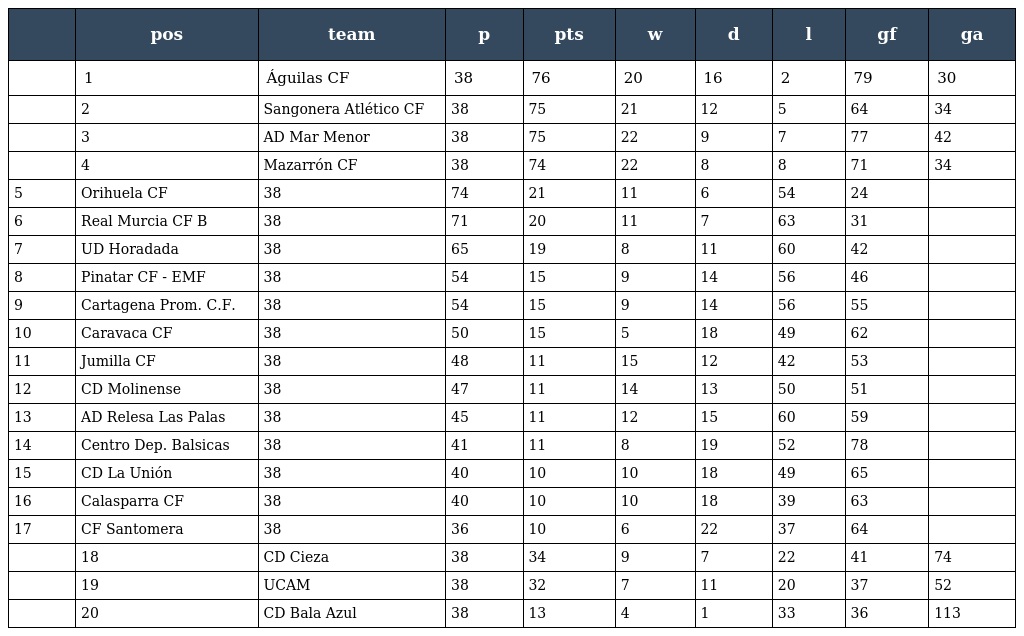
|  | pos | team | p | pts | w | d | l | gf | ga |
 | --- | --- | --- | --- | --- | --- | --- | --- | --- | --- |
 |  | 1 | Águilas CF | 38 | 76 | 20 | 16 | 2 | 79 | 30 |
 |  | 2 | Sangonera Atlético CF | 38 | 75 | 21 | 12 | 5 | 64 | 34 |
 |  | 3 | AD Mar Menor | 38 | 75 | 22 | 9 | 7 | 77 | 42 |
 |  | 4 | Mazarrón CF | 38 | 74 | 22 | 8 | 8 | 71 | 34 |
 | 5 | Orihuela CF | 38 | 74 | 21 | 11 | 6 | 54 | 24 |  |
 | 6 | Real Murcia CF B | 38 | 71 | 20 | 11 | 7 | 63 | 31 |  |
 | 7 | UD Horadada | 38 | 65 | 19 | 8 | 11 | 60 | 42 |  |
 | 8 | Pinatar CF - EMF | 38 | 54 | 15 | 9 | 14 | 56 | 46 |  |
 | 9 | Cartagena Prom. C.F. | 38 | 54 | 15 | 9 | 14 | 56 | 55 |  |
 | 10 | Caravaca CF | 38 | 50 | 15 | 5 | 18 | 49 | 62 |  |
 | 11 | Jumilla CF | 38 | 48 | 11 | 15 | 12 | 42 | 53 |  |
 | 12 | CD Molinense | 38 | 47 | 11 | 14 | 13 | 50 | 51 |  |
 | 13 | AD Relesa Las Palas | 38 | 45 | 11 | 12 | 15 | 60 | 59 |  |
 | 14 | Centro Dep. Balsicas | 38 | 41 | 11 | 8 | 19 | 52 | 78 |  |
 | 15 | CD La Unión | 38 | 40 | 10 | 10 | 18 | 49 | 65 |  |
 | 16 | Calasparra CF | 38 | 40 | 10 | 10 | 18 | 39 | 63 |  |
 | 17 | CF Santomera | 38 | 36 | 10 | 6 | 22 | 37 | 64 |  |
 |  | 18 | CD Cieza | 38 | 34 | 9 | 7 | 22 | 41 | 74 |
 |  | 19 | UCAM | 38 | 32 | 7 | 11 | 20 | 37 | 52 |
 |  | 20 | CD Bala Azul | 38 | 13 | 4 | 1 | 33 | 36 | 113 |